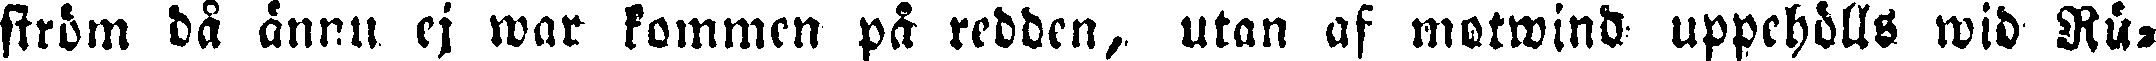
ström då ännu ej war kommen på redden, utan af motwind uppehölls wid Rå-